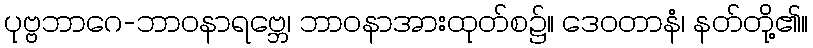
ပုဗ္ဗဘာဂေ-ဘာဝနာရဗ္ဘေ၊ ဘာဝနာအားထုတ်စ၌။ ဒေဝတာနံ၊ နတ်တို့၏။